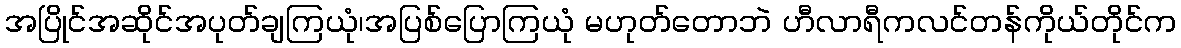
အပြိုင်အဆိုင်အပုတ်ချကြယုံ၊အပြစ်ပြောကြယုံ မဟုတ်တောဘဲ ဟီလာရီကလင်တန်ကိုယ်တိုင်က